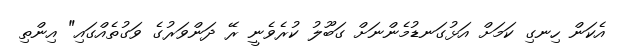
އެކަން ހިނގި ކަމަށް އަޅުގަނޑުމެންނަށް ގަބޫލު ކުރެވެނީ ރޭ ދަންވަރުގެ ވަގުތެއްގައި" އިންތި